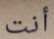
أنت